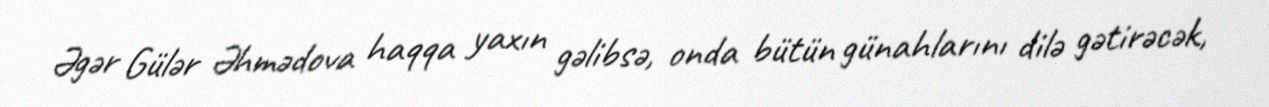
Əgər Gülər Əhmədova haqqa yaxın gəlibsə, onda bütün günahlarını dilə gətirəcək,